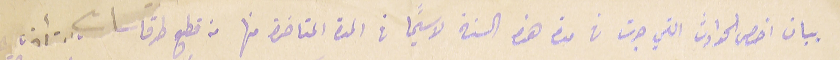
بيان اخص الحوادث التي جرت فى مدة هذه السنة لا سيًما في المدة المتاخرة منها من قطع طرقات